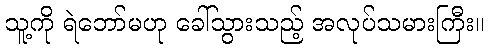
သူ့ကို ရဲဘော်မဟု ခေါ်သွားသည့် အလုပ်သမားကြီး။